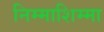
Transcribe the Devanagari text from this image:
निम्माशिम्मा